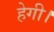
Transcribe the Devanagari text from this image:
हेगी।